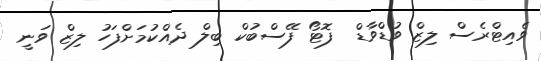
ވެއިޓްރެސް ލިޒް ވުޑްވާޑް  ފޮޓޯ ފޭސްބުކް ބިލް ދެއްކުމަށްފަހު ލިޒް ވަނީ